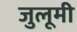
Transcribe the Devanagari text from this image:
जुलूमी